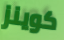
كوينز